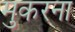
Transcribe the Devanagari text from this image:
मुकरना